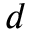
d